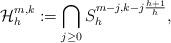
LaTeX: \begin{align*}\mathcal{H}_h^{m,k}:=\bigcap_{j\geq 0}S_h^{m-j,k-j\frac{h+1}{h}},\end{align*}